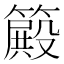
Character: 𥴫